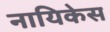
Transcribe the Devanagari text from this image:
नायिकेस